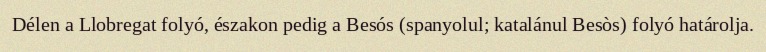
Délen a Llobregat folyó, északon pedig a Besós (spanyolul; katalánul Besòs) folyó határolja.